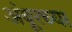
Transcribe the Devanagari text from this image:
अंबूरच्या